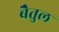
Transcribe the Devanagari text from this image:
बेैतुल